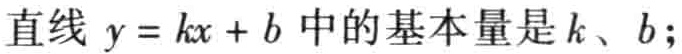
直线 \(y = kx + b\) 中的基本量是 \(k\)、\(b\);